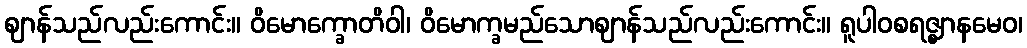
ဈာန်သည်လည်းကောင်း။ ဝိမောက္ခောတိဝါ၊ ဝိမောက္ခမည်သောဈာန်သည်လည်းကောင်း။ ရူပါဝစရဇ္ဈာနမေဝ၊